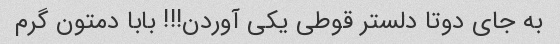
به جای دوتا‌ دلستر قوطی یکی آوردن!!! بابا دمتون گرم